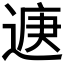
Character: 𮞨